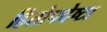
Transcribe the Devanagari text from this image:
हितोपदेष्टा